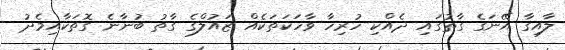
ލާއިގާ އޭނަގެ ގާތުގައި ދެއްކި ހުރިހާ ވާހަކަތަކެއް ޒައުލްގެ ގާތު ބުނާނެ ގޮތަކާއިމެދު